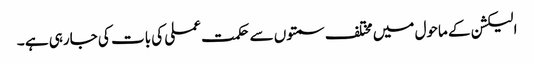
الیکشن کے ماحول میں مختلف سمتوں سے حکمت عملی کی بات کی جارہی ہے ۔